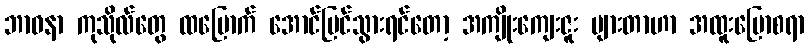
ဘာဝနာ ကုသိုလ်တွေ ထမြောက် အောင်မြင်သွားရင်တော့ အကျိုးကျေးဇူး များတာဟာ အထူးပြောစရာ